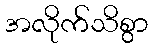
အလိုက်သိစွာ